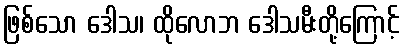
ဖြစ်သော ဒေါသ၊ ထိုလောဘ ဒေါသမီးတို့ကြောင့်